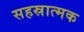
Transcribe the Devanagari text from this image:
सहस्रात्मक